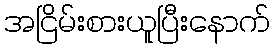
အငြိမ်းစားယူပြီးနောက်